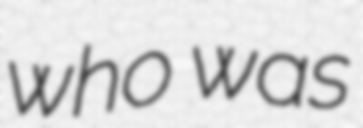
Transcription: who was